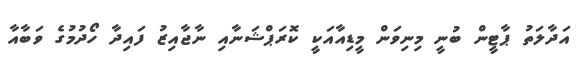
އަދާލަތު ޕާޓީން ބުނީ މިނިވަން މީޑިއާއަކީ ކޮރަޕްޝަނާއި ނާޖާއިޒު ފައިދާ ހޯދުމުގެ ވަބާއާ